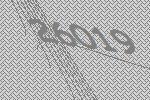
26019